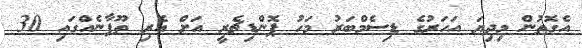
އެގޮތުން މިދިޔަ އަހަރުގެ ޑިސެމްބަރު މަހު ޕޮންޑިޗެރީ އަށް އެރި ތޫފާނެއްގައި 30